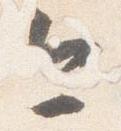
今